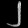
Digit: ၂